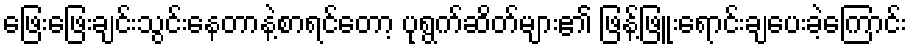
ဖြေးဖြေးချင်းသွင်းနေတာနဲ့စာရင်တော့ ပုရွက်ဆိတ်များ၏ ဖြန့်ဖြူးရောင်းချပေးခဲ့ကြောင်း